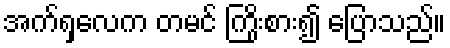
အက်ရှလေက တမင် ကြိုးစား၍ ပြောသည်။